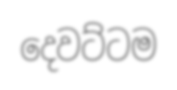
දෙවට්ටම